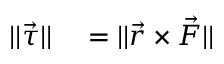
\begin{array} { r l } { | | { \vec { \tau } } | | } & { { } = | | { \vec { r } } \times { \vec { F } } | | } \end{array}